Annual report of lunatic asylums [Bombay] - 1912-1922
Year: 1912
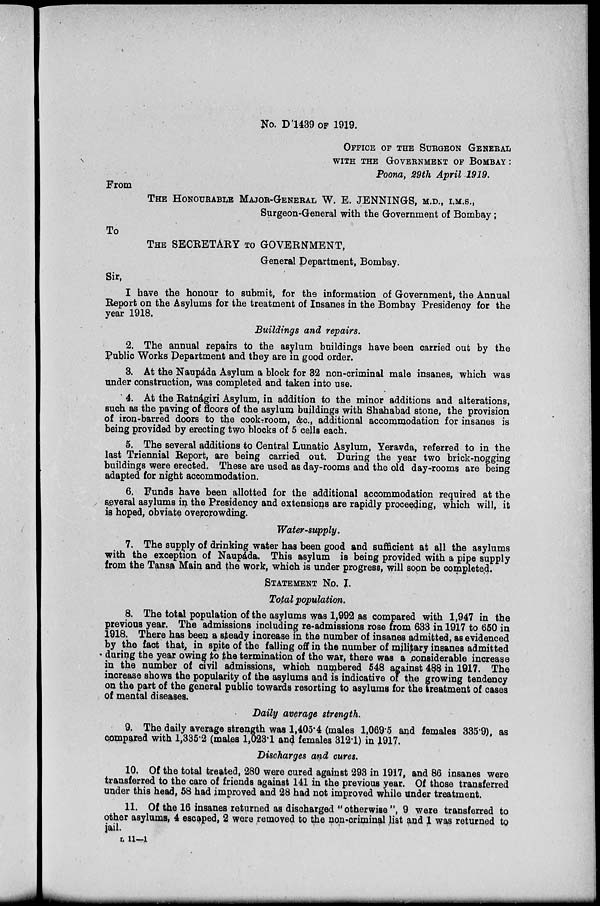
No. D 1439 OF 1919.
OFFICE OF THE SURGEON GENERAL
WITH THE GOVERNMENT OF BOMBAY :
Poona, 29th April 1919.
From
THE HONOURABLE MAJOR-GENERAL W. B. JENNINGS, M.D., I.M.S.,
Surgeon-General with the Government of Bombay;
To
THE SECRETARY TO GOVERNMENT,
General Department, Bombay.
Sir,
I have the honour to submit, for the information of Government, the Annual
Report on the Asylums for the treatment of Insanes in the Bombay Presidency for the
year 1918.
Buildings and repairs.
2. The annual repairs to the asylum buildings have been carried out by the
Public Works Department and they are in good order.
3. At the Naupáda Asylum a block for 32 non-criminal male insanes, which was
under construction, was completed and taken into use.
4. At the Ratnágiri Asylum, in addition to the minor additions and alterations,
such as the paving of floors of the asylum buildings with Shahabad stone, the provision
of iron-barred doors to the cook-room, &c., additional accommodation for insanes is
being provided by erecting two blocks of 5 cells each.
5. The several additions to Central Lunatic Asylum, Yeravda, referred to in the
last Triennial Report, are being carried out. During the year two brick-nogging
buildings were erected. These are used as day-rooms and the old day-rooms are being
adapted for night accommodation.
6. Funds have been allotted for the additional accommodation required at the
several asylums in the Presidency and extensions are rapidly proceeding, which will, it
is hoped, obviate overcrowding.
Water-supply.
7. The supply of drinking water has been good and sufficient at all the asylums
with the exception of Naupáda. This asylum is being provided with a pipe supply
from the Tansa Main and the work, which is under progress, will soon be completed.
STATEMENT No. I.
Total population.
8. The total population of the asylums was 1,992 as compared with 1,947 in the
previous year. The admissions including re-admissions rose from 633 in 1917 to 650 in
1918. There has been a steady increase in the number of insanes admitted, as evidenced
by the fact that, in spite of the falling off in the number of military insanes admitted
during the year owing to the termination of the war, there was a considerable increase
in the number of civil admissions, which numbered 548 against 488 in 1917. The
increase shows the popularity of the asylums and is indicative of the growing tendency
on the part of the general public towards resorting to asylums for the treatment of cases
of mental diseases.
Daily average strength.
9. The daily average strength was 1,405.4 (males 1,069.5 and females 335.9), as
compared with 1,335.2 (males 1,023.1 and females 312.1) in 1917.
Discharges and cures.
10. Of the total treated, 280 were cured against 293 in 1917, and 86 insanes were
transferred to the care of friends against 141 in the previous year. Of those transferred
under this head, 58 had improved and 28 had not improved while under treatment.
11. Of the 16 insanes returned as discharged "otherwise ", 9 were transferred to
other asylums, 4 escaped, 2 were removed to the non-criminal list and 1 was returned to
jail.
L 11—1